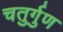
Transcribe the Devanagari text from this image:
चतुर्गुण